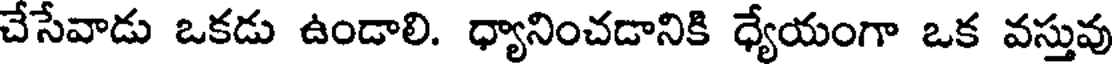
చేసేవాడు ఒకడు ఉండాలి. ధ్యానించడానికి ధ్యేయంగా ఒక వస్తువు